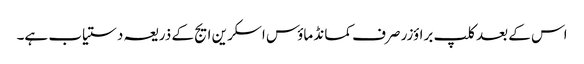
اس کے بعد کلپ براؤزر صرف کمانڈ ماؤس اسکرین ایج کے ذریعہ دستیاب ہے۔